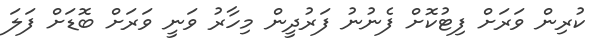
ކުރިން ވަރަށް ފިޓުކޮށް ފެނުނު ފަރުދީން މިހާރު ވަނީ ވަރަށް ބޮޑަށް ފަލަ